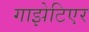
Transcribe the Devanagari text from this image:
गाझेटिएर